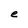
Character: e